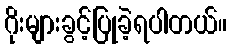
ဂိုးများခွင့်ပြုခဲ့ရပါတယ်။